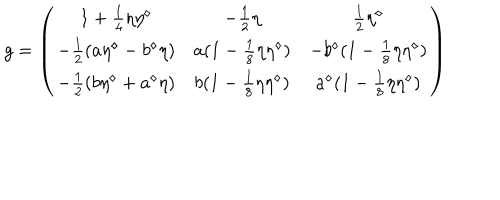
g = \left( \begin{array} { c c c } { { 1 + { \frac { 1 } { 4 } } \eta \eta ^ { \diamond } } } & { { - { \frac { 1 } { 2 } } \eta } } & { { { \frac { 1 } { 2 } } \eta ^ { \diamond } } } \\ { { - { \frac { 1 } { 2 } } ( a \eta ^ { \diamond } - b ^ { \diamond } \eta ) } } & { { a ( 1 - { \frac { 1 } { 8 } } \eta \eta ^ { \diamond } ) } } & { { - b ^ { \diamond } ( 1 - { \frac { 1 } { 8 } } \eta \eta ^ { \diamond } ) } } \\ { { - { \frac { 1 } { 2 } } ( b \eta ^ { \diamond } + a ^ { \diamond } \eta ) } } & { { b ( 1 - { \frac { 1 } { 8 } } \eta \eta ^ { \diamond } ) } } & { { a ^ { \diamond } ( 1 - { \frac { 1 } { 8 } } \eta \eta ^ { \diamond } ) } } \\ \end{array} \right)